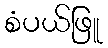
စံပယ်ဖြူ